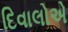
દિવાલોએ